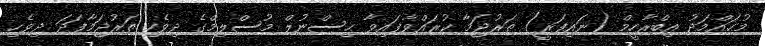
މުޙައްމަދު އިބްރާހީމް (ނައިފަރީ) ތަރުޖަމާ ކުރައްވާފައިވާ ޙިސްނުލް މުސްލިމްގެ ދިވެހި ތަރުޖަމާފަދަ ދިވެހި